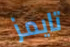
تايمز